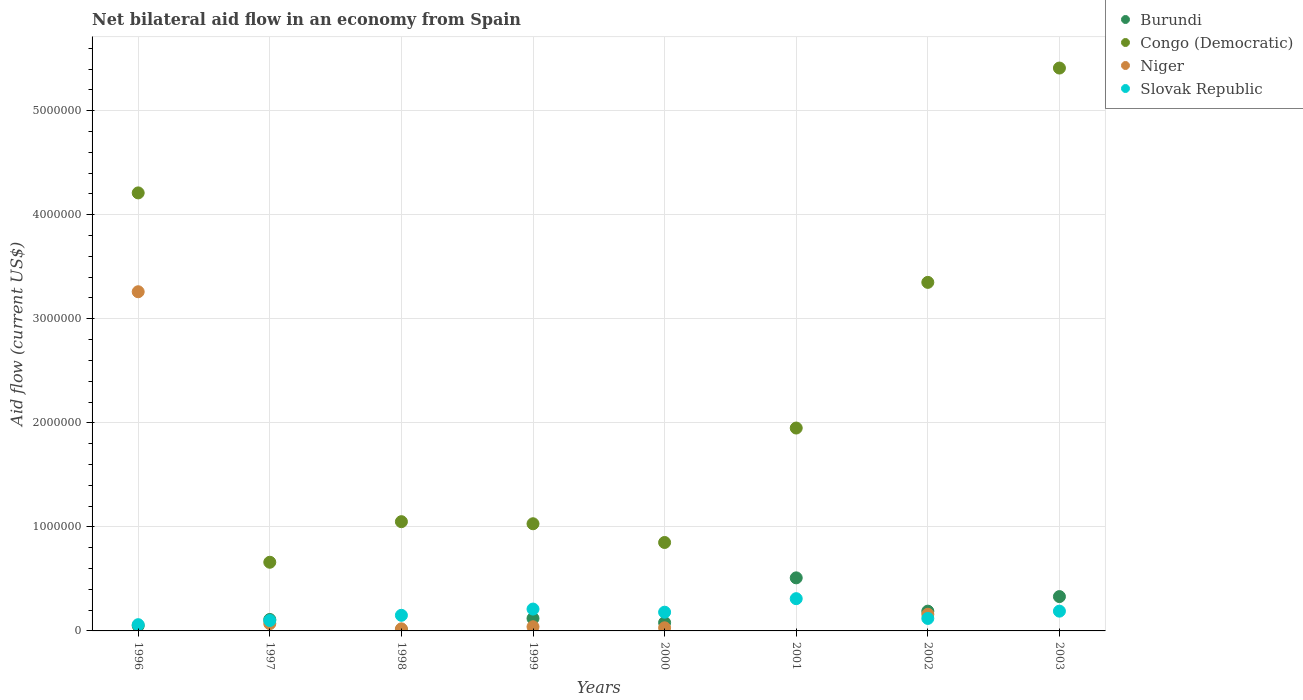
| Years | Burundi | Congo (Democratic) | Niger | Slovak Republic |
 | --- | --- | --- | --- | --- |
 | 1996 | 5e+04 | 4.21e+06 | 3.26e+06 | 6e+04 |
 | 1997 | 1.1e+05 | 6.6e+05 | 7e+04 | 1e+05 |
 | 1998 | 1e+04 | 1.05e+06 | 2e+04 | 1.5e+05 |
 | 1999 | 1.2e+05 | 1.03e+06 | 4e+04 | 2.1e+05 |
 | 2000 | 8e+04 | 8.5e+05 | 3e+04 | 1.8e+05 |
 | 2001 | 5.1e+05 | 1.95e+06 | -6.4e+05 | 3.1e+05 |
 | 2002 | 1.9e+05 | 3.35e+06 | 1.6e+05 | 1.2e+05 |
 | 2003 | 3.3e+05 | 5.41e+06 | -4.5e+05 | 1.9e+05 |